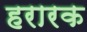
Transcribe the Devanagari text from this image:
हरारक